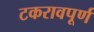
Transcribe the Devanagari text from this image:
टकरावपूर्ण